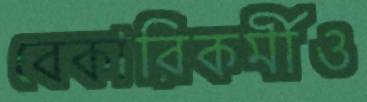
বেকারিকর্মীও